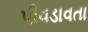
પીવડાવતા